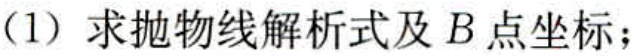
(1) 求抛物线解析式及 \(B\) 点坐标；